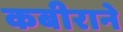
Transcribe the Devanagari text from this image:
कबीराने